Document type: Grant
Year: 1232
Scribe: Berenguer de Clos
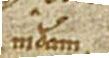
mediam